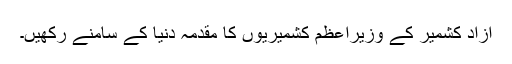
آزاد کشمیر کے وزیراعظم کشمیریوں کا مقدمہ دنیا کے سامنے رکھیں۔